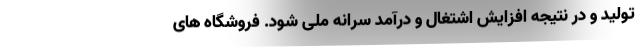
تولید و در نتیجه افزایش اشتغال و درآمد سرانه ملی شود. فروشگاه های